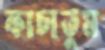
কাচাতুম